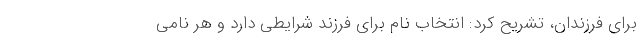
برای فرزندان، تشریح کرد: انتخاب نام برای فرزند شرایطی دارد و هر نامی